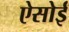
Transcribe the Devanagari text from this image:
ऐसोई